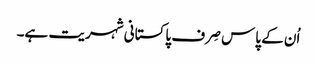
اُن کے پاس صِرف پاکستانی شہریت ہے۔